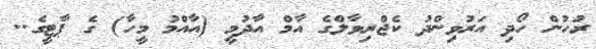
ރުހުން ހޯދި އަރުވިންދު ކެޖްރިވާލްގެ އާމް އާދުމީ (އާއްމު މީހާ) ގެ ޕާޓީގެ..